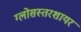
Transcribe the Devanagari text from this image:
ग्लोसस्तरशायर